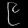
Digit: ၉